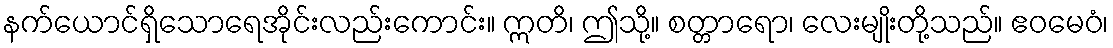
နက်ယောင်ရှိသောရေအိုင်းလည်းကောင်း။ ဣတိ၊ ဤသို့။ စတ္တာရော၊ လေးမျိုးတို့သည်။ ဧဝမေဝံ၊